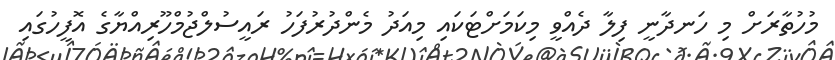
މުހުތާރަށް މި ހަނދާނީ ފިލާ ދެއްވީ މިކަމަށްޓަކައި މިއަދު މެންދުރުފަހު ރައީސުލްޖުމްހޫރިއްޔާގެ އޮފީހުގައި